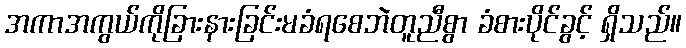
အကာအကွယ်ကိုခြားနားခြင်းမခံရစေဘဲတူညီစွာ ခံစားပိုင်ခွင့် ရှိသည်။